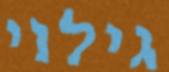
גילוי